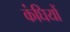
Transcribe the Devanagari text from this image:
कंघियों